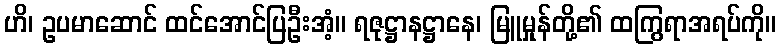
ဟိ၊ ဥပမာဆောင် ထင်အောင်ပြဦးအံ့။ ရဇုဋ္ဌာနဋ္ဌာနေ၊ မြူမှုန်တို့၏ ထကြွရာအရပ်ကို။